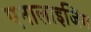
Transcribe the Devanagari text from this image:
एनालाइजिंग